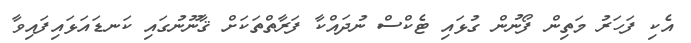
އެކި ފަހަރު މަތިން ފޯނުން ގުޅައި ޓެކްސް ނުދައްކާ ފަރާތްތަކަށް ޤާނޫނުގައި ކަނޑައަޅައިފައިވާ